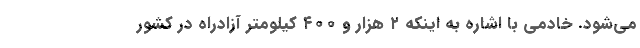
می‌شود. خادمی با اشاره به اینکه ۲ هزار و ۴۰۰ کیلومتر آزادراه در کشور